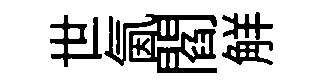
世氤閻觧